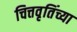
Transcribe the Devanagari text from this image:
चित्तवृतिंच्या